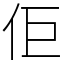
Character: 佢